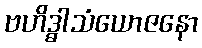
ဗဟိဒ္ဓါသံယောဇနော